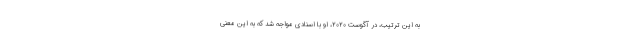
به این ترتیب، در آگوست ٢٠٢٠، او با اسنادی مواجه شد که به این معنی